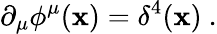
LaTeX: \partial_{\mu}\phi^{\mu}(\mathbf{x})=\delta^{4}(\mathbf{x})\ .